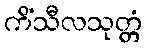
ကိံသီလသုတ္တံ